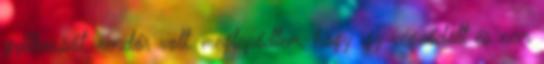
gyilkos,sőt. rendőr volt. meglepődtem, hogy így végződött és nem